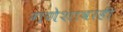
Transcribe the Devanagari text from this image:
गणेशावरही